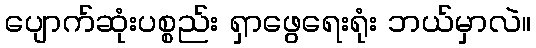
ပျောက်ဆုံးပစ္စည်း ရှာဖွေရေးရုံး ဘယ်မှာလဲ။